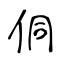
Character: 侗